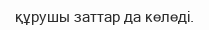
құрушы заттар да келеді.